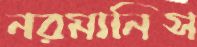
নরমানিস